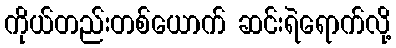
ကိုယ်တည်းတစ်ယောက် ဆင်းရဲရောက်လို့